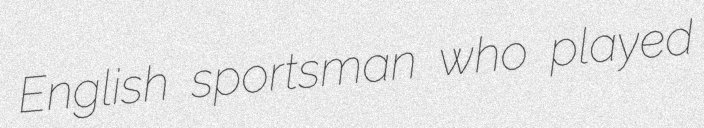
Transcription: English sportsman who played